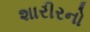
શારીરનો